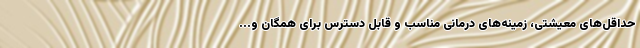
حداقل‌های معیشتی، زمینه‌های درمانی مناسب و قابل دسترس برای همگان و...